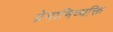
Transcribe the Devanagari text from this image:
प्रेमाभिव्यक्ति